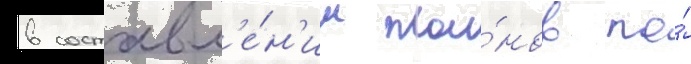
в составл'е́н'ии пла́нов по́